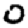
Digit: 0